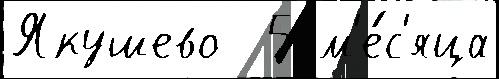
Якушево  5 м'е́с'яца